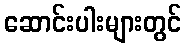
ဆောင်းပါးများတွင်